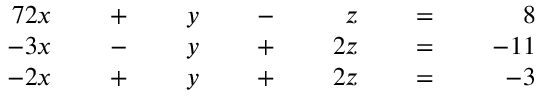
{ \begin{array} { r l r l r l r l r l r l r } { { 7 } 2 x } & { } & { \; + \; } & { } & { y } & { } & { \; - \; } & { } & { z } & { } & { \; = \; } & { } & { 8 } \\ { - 3 x } & { } & { \; - \; } & { } & { y } & { } & { \; + \; } & { } & { 2 z } & { } & { \; = \; } & { } & { - 1 1 } \\ { - 2 x } & { } & { \; + \; } & { } & { y } & { } & { \; + \; } & { } & { 2 z } & { } & { \; = \; } & { } & { - 3 } \end{array} }